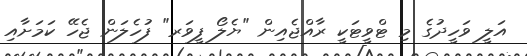
އަލީ ވަހީދުގެ މި ޓްވީޓަކީ ރާއްޖެއިން "ޔެލޯ ފީވަރ" ފުހެލަން ޖެހޭ ކަމަށާއި